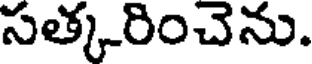
సత్కరించెను.